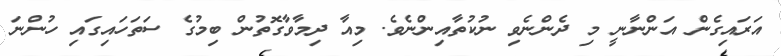
އަރައިގެން އަންނާނީ މި ދެންނެވި ނުކުތާއިންނެވެ. މިއާ ދިމާވާގޮތުން ބިމުގެ ސަތަހައިގައި ހުންނަ